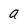
Character: a